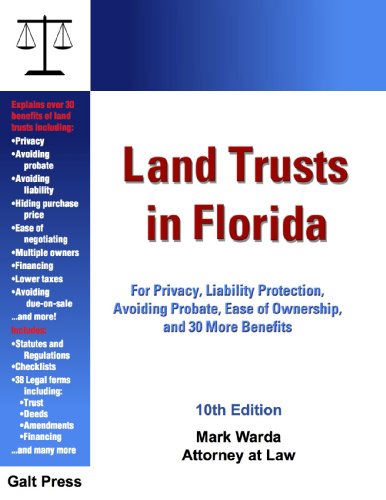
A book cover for Land Trusts in Florida; Mark Warda; Business & Money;